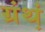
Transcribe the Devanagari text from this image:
ग्रंथ्‍ा